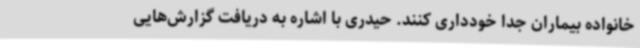
خانواده بیماران جدا خودداری کنند. حیدری با اشاره به دریافت گزارش‌هایی